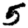
Digit: 5